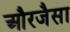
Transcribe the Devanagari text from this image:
औरजैसा